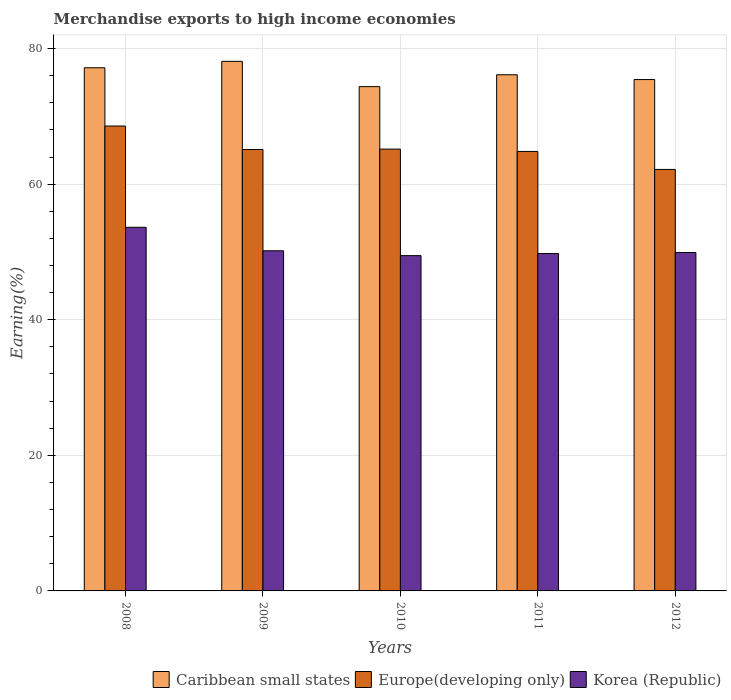
| Years | Caribbean small states | Europe(developing only) | Korea (Republic) |
 | --- | --- | --- | --- |
 | 2008 | 77.2 | 68.6 | 53.6 |
 | 2009 | 78.1 | 65.1 | 50.2 |
 | 2010 | 74.4 | 65.2 | 49.5 |
 | 2011 | 76.1 | 64.8 | 49.8 |
 | 2012 | 75.4 | 62.2 | 49.9 |